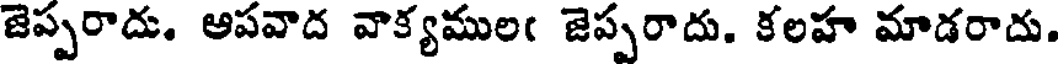
జెప్పరాదు. ఆపవాద వాక్యములఁ జెప్పరాదు. కలహ మాడరాదు.